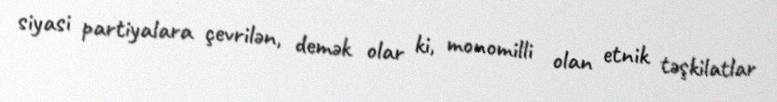
siyasi partiyalara çevrilən, demək olar ki, monomilli olan etnik təşkilatlar